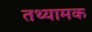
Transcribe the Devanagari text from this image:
तथ्यामक